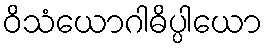
ဝိသံယောဂါဓိပ္ပါယော